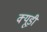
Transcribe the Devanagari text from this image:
क्यूड़ी